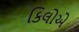
કિલોએ